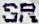
SR